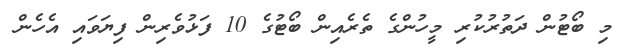
މި ބޯޓުން ދަތުރުކުރި މީހުންގެ ތެރެއިން ބޯޓުގެ 10 ފަޅުވެރިން ފިޔަވައި އެހެން